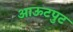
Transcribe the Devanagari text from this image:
आऊटपुट